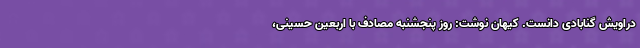
دراویش گنابادی دانست. کیهان نوشت:‌ روز پنجشنبه مصادف با اربعین حسینی،